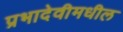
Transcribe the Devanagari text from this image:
प्रभादेवीमधील